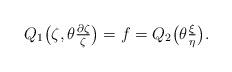
LaTeX: \begin{align*} Q_1\bigl(\zeta,\theta\tfrac{\partial\zeta}{\zeta}\bigr)=f=Q_2\bigl(\theta\tfrac{\xi}{\eta}\bigr).\end{align*}